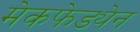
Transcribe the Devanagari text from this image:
मेकफेड्येन